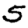
Digit: 5